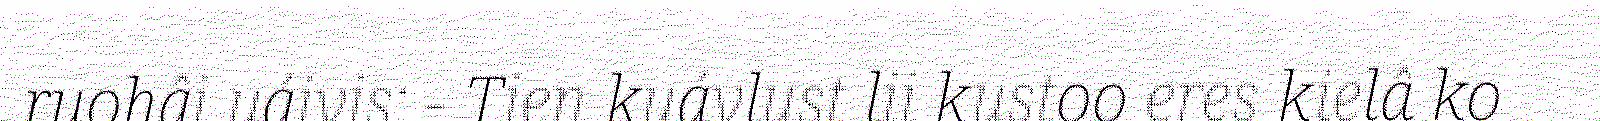
ruohâi uáivis: - Tien kuávlust lii kustoo eres kielâ ko